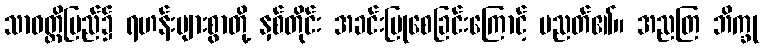
သာဝတ္ထိပြည်၌ ရဟန်းများစွာတို့ နှစ်တိုင်း အခင်းပြုစေခြင်းကြောင့် ပညတ်၏။ အညတြ ဘိက္ခု